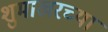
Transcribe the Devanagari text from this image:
शुमाखरच्या